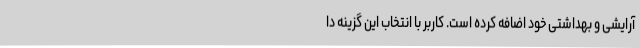
آرایشی و بهداشتی خود اضافه کرده است. کاربر با انتخاب این گزینه دا